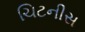
ચિટનીસ